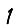
Digit: 1